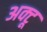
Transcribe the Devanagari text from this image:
अक्टू